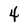
Character: 4